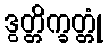
ဒွတ္တိက္ခတ္တုံ